Vaccination United Provinces of Agra and Oudh 1923-1928 - 1923-1928
Year: 1923
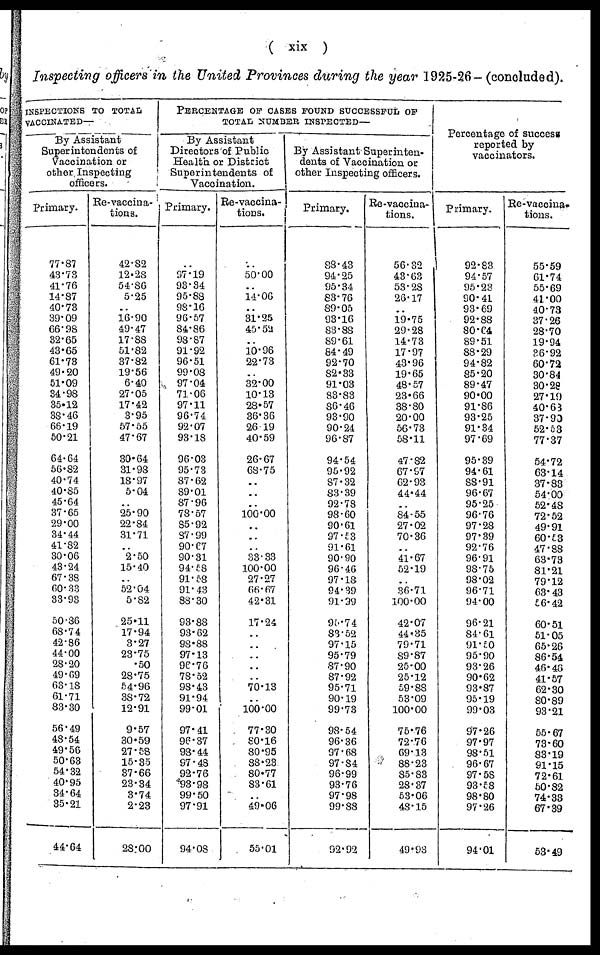
( xix )
Inspecting officers in the United Provinces during the year 1925-26.(concluded).
INSPECTIONS TO TOTAL
VACCINATED—
By Assistant
Superintendents of
Vaccination or
other Inspecting
officers.
Primary.
77.87
43.73
41.76
14.87
40.73
39.09
66.98
32.65
43.65
61.73
49.20
51.09
34.98
35.12
38.46
66.19
50.21
64.64
56.82
40.74
40.85
45.64
37.65
29.00
34.44
41.82
30.06
43.24
67.38
60.33
33.93
50.86
68.74
42.86
44.00
28.20
49.69
63.18
61.71
83.30
56.49
48.54
49.56
50.63
54.32
40.95
34.64
35.21
44.64
Re-vaccina¬
tions.
42.82
12.28
54.80
5.25
..
16.90
49.47
17.88
51.82
37.82
19.56
6.40
27.05
17.42
3.95
57.55
47.67
30.64
31.98
18.97
5.04
..
25.90
22.84
31.71
..
2.50
15.40
..
52.04
5.82
25.11
17.94
3.27
23.75
.50
28.75
54.96
38.72
12.91
9.57
30.59
27.58
15.35
37.66
23.34
3.74
2.23
28.00
PERCENTAGE OF CASES FOUND SUCCESSFUL OF
TOTAL NUMBER INSPECTED—
By Assistant
Directors of Public
Health or District
Superintendents of
Vaccination.
Primary.
..
97.19
93.34
95.88
98.16
96.57
84.86
98.87
91.92
96.51
99.08
97.04
71.06
97.11
96.74
92.07
93.18
96.03
95.73
87.62
89.01
87.96
78.57
85.92
87.99
90.67
90.31
94.58
91.58
91.43
88.30
93.88
93.62
98.88
97.13
96.76
78.52
98.43
91.94
99.01
97.41
96.37
98.44
97.48
92.76
93.98
99.50
97.91
94.08
Re-vaccina-
tions.
..
50.00
..
14.06
..
31.25
45.52
..
10.96
22.73
..
32.00
10.13
28.57
36.36
26.19
40.59
26.67
68.75
..
..
..
100.00
..
..
33.33
100.00
27.27
66.67
42.31
17.24
..
..
70.13
..
100.00
77.30
80.16
80.95
88.23
80.77
83.61
..
49.06
55.01
By Assistant Superinten-
dents of Vaccination or
other Inspecting officers.
Primary.
88.43
94.25
95.34
83.76
89.05
93.16
83.88
89.61
84.49
92.70
82.33
91.03
83.83
86.46
93.90
90.24
96.87
94.54
95.92
87.32
83.39
92.78
98.60
90.61
97.53
91.61
90.90
96.46
97.18
94.39
91.99
95.74
83.52
97.15
95.79
87.90
87.92
95.71
90.19
99.73
98.54
96.36
97.68
97.84
96.99
93.76
97.98
99.88
92.92
Re-vaccina¬
tions.
56.32
43.63
53.28
26.17
..
19.75
29.28
14.73
17.97
43.96
19.65
48.57
23.66
38.80
20.00
56.73
58.11
47.82
67.97
62.93
44.44
..
84.55
27.02
70.36
..
41.67
52.19
..
36.71
100.00
42.07
44.35
79.71
89.87
25.00
25.12
59.88
53.09
100.00
75.76
72.76
69.13
88.23
85.83
28.37
53.06
48.15
49.93
Percentage of success
reported by
vaccinators.
Primary.
92.83
94.57
95.23
90.41
93.69
92.88
80.64
89.51
88.29
94.82
85.20
89.47
90.00
91.86
93.25
91.34
97.69
95.39
94.61
88.91
96.67
95.25
96.76
97.28
97.39
92.76
96.91
98.75
98.02
96.71
94.00
96.21
84.61
91.50
95.90
93.26
90.62
93.87
95.19
99.03
97.26
97.97
98.51
96.67
97.58
93.58
98.80
97.26
94.01
Re-vaccina¬
tions.
55.59
61.74
55.69
41.00
40.73
37.26
28.70
19.94
36.92
60.72
30.84
30.28
27.19
40.63
37.90
52.53
77.37
54.72
63.14
37.83
54.00
52.48
72.52
49.91
60.53
47.88
63.73
81.21
79.12
63.43
56.42
60.51
51.05
65.26
86.54
46.46
41.57
62.30
80.89
93.21
55.67
73.60
83.19
91.15
72.61
50.82
74.33
67.39
53.49